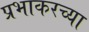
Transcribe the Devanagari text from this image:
प्रभाकरच्या